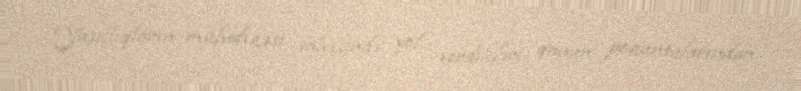
Yaşıllıqların mühafizəsi sahəsində yol verdikləri qanun pozuntularından